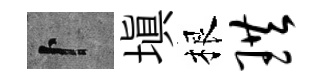
卜塡根珙